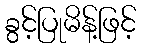
ခွင့်ပြုမိန့်ဖြင့်